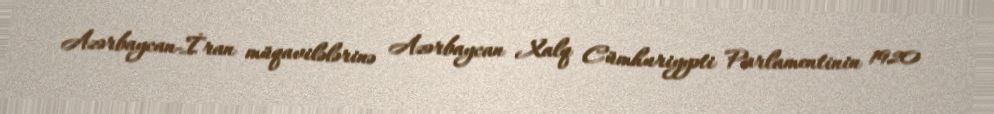
Azərbaycan-İran müqavilələrinə Azərbaycan Xalq Cümhuriyyəti Parlamentinin 1920